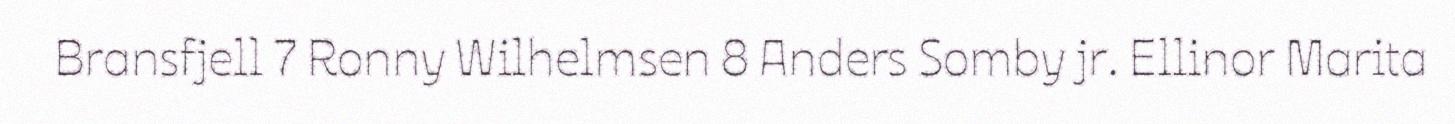
Bransfjell 7 Ronny Wilhelmsen 8 Anders Somby jr. Ellinor Marita